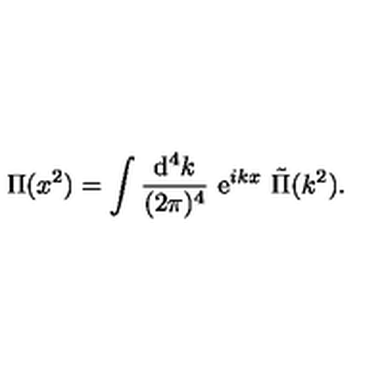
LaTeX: { \Pi } ( x ^ { 2 } ) = \int { \frac { \mathrm { d } ^ { 4 } k } { ( 2 \pi ) ^ { 4 } } } \ \mathrm { e } ^ { i k x } \ \tilde { \Pi } ( k ^ { 2 } ) .